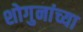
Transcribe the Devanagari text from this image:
शोगुनांच्या